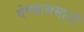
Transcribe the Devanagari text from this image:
येण्याससाठी